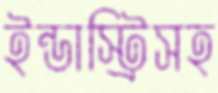
ইন্ডাস্ট্রিসহ